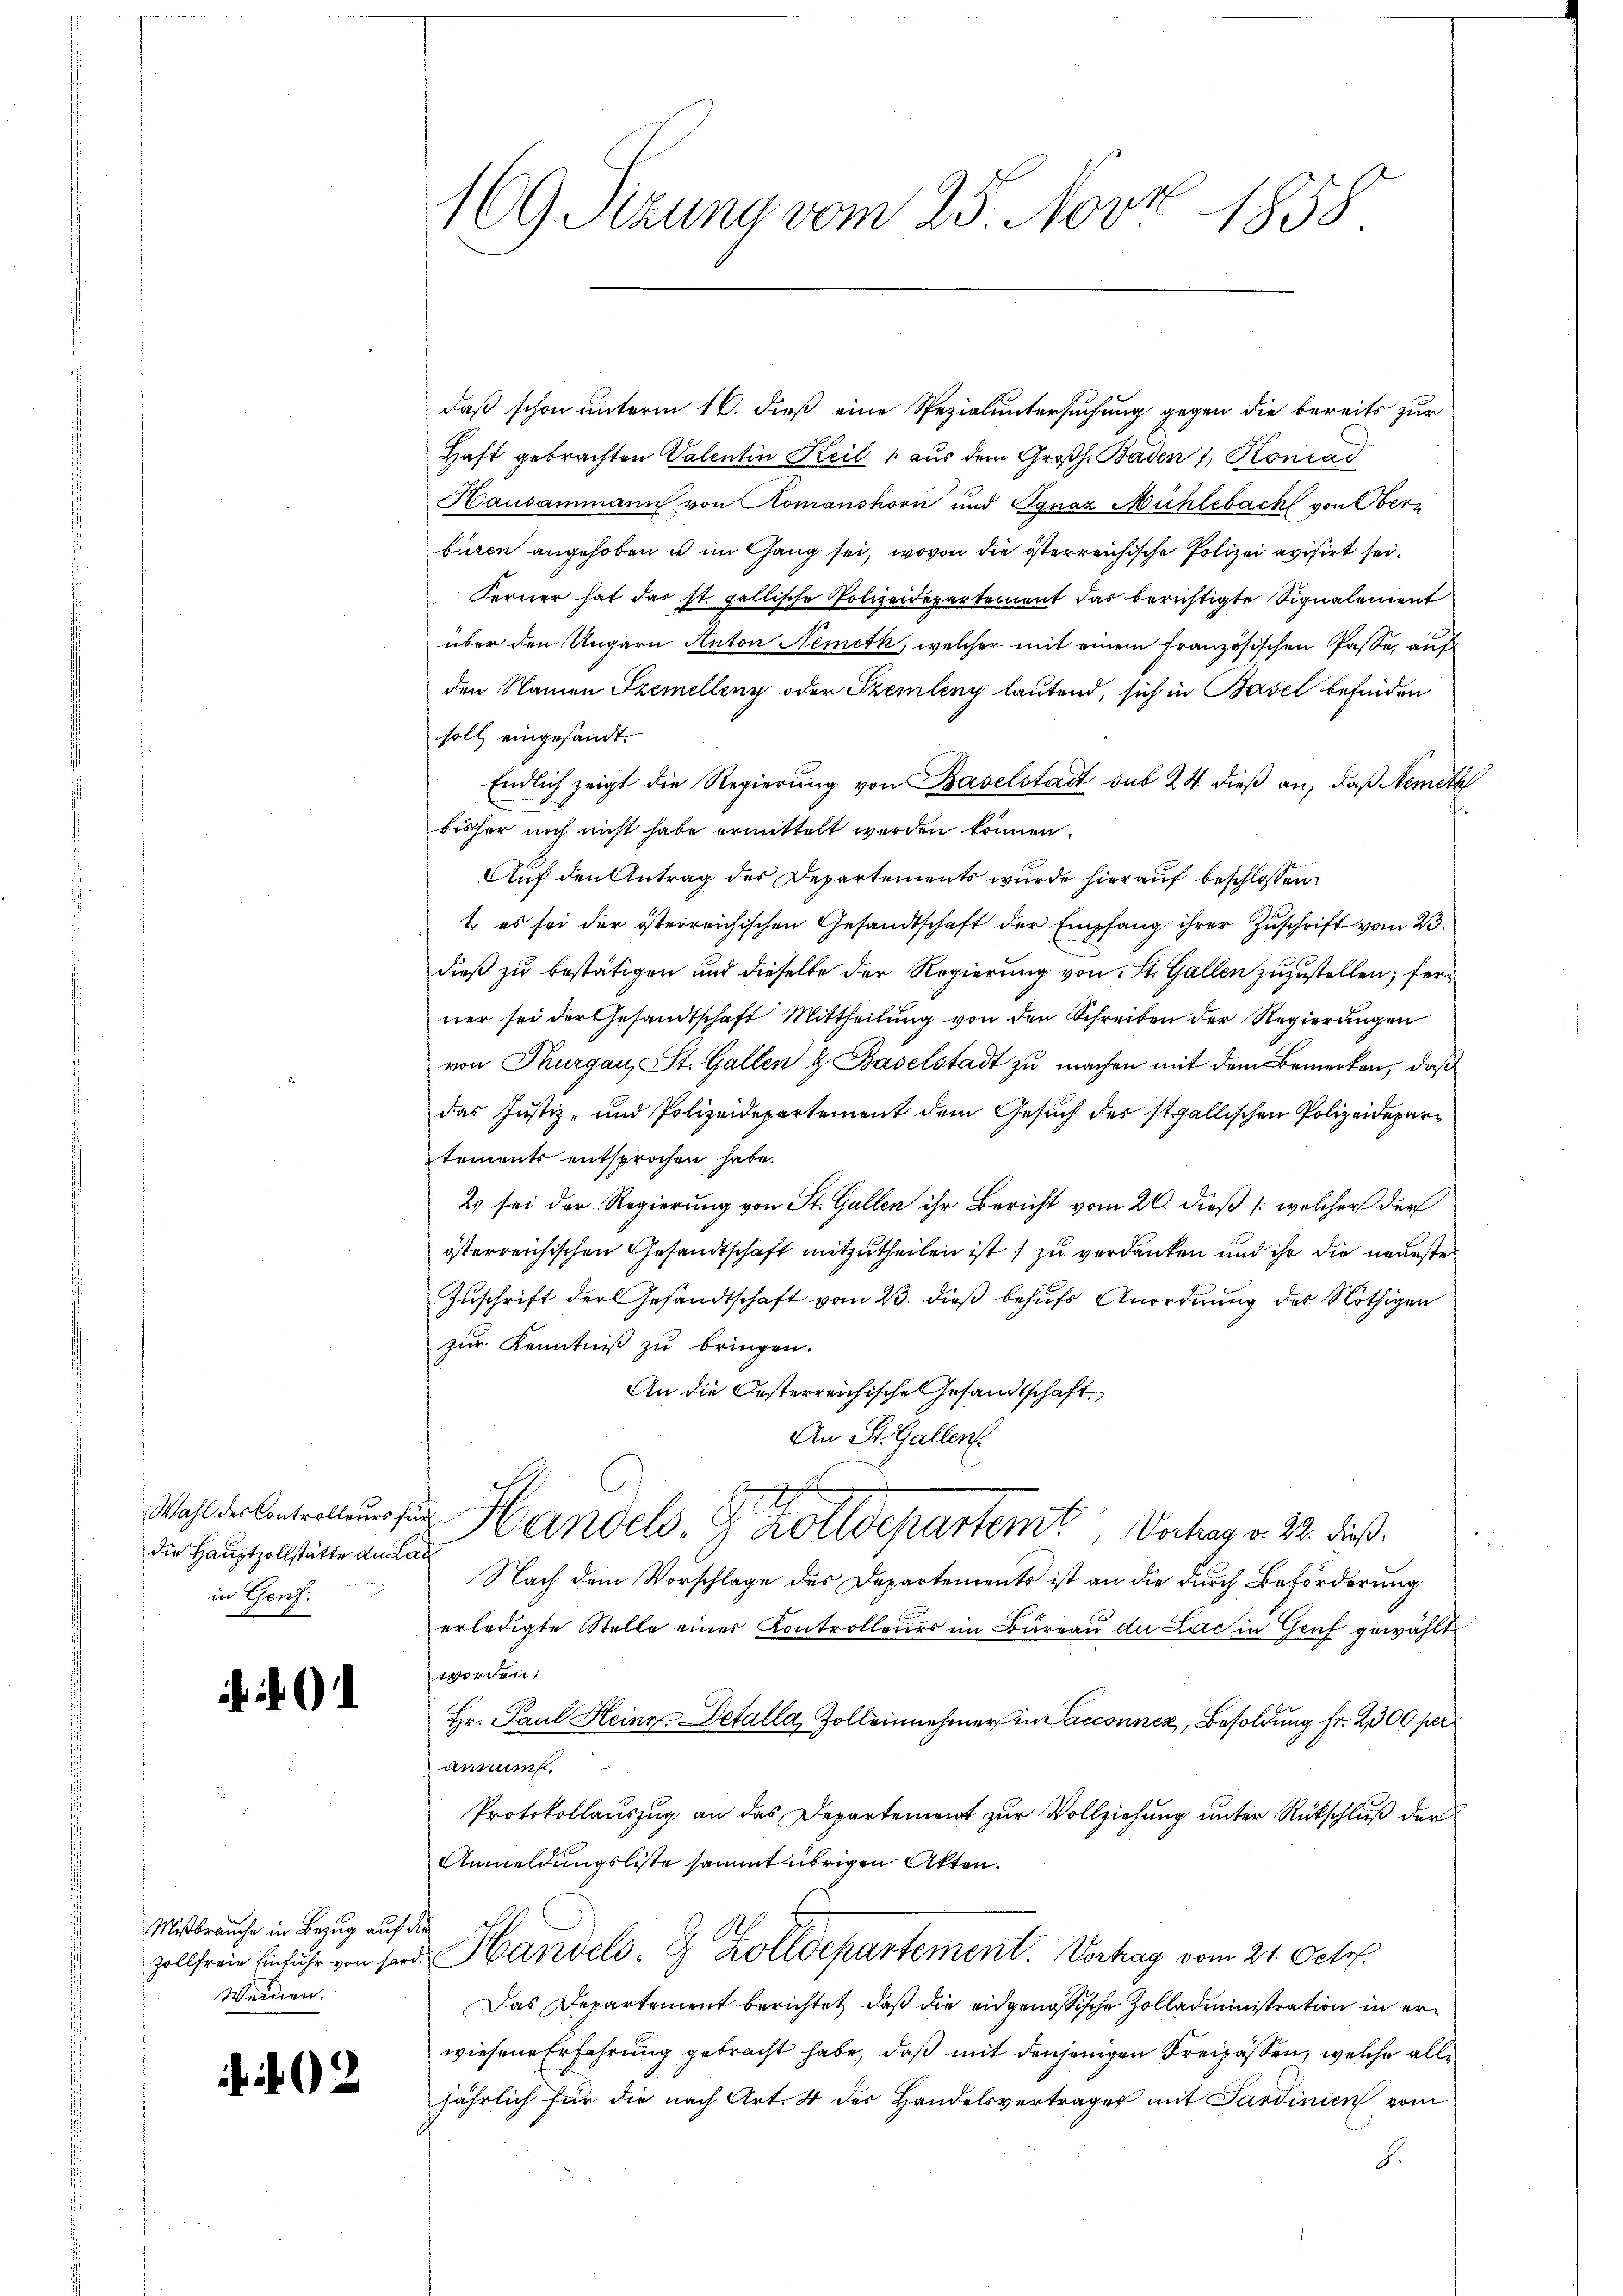
die Hauptzollstätte an Lau
in Genf.

Mißbrauche in Bezug auf die
Weiden.

¬

.

2

M
169. Sitzung vom 25. Nov. 1858

daß schon unterm 16. dieß eine Spezialuntersuchung gegen die bereits zur
Haft gebrachten Valentin Keil , aus dem Großh. Baden 1, Konrad
Hausammann von Romanshorn und Jgnaz Mühlebach von Ober
buren angehoben u im Gang sei, wovon die österreichische Polizei avisirt sei.
Ferner hat das st. gallische Polizeidepartement das berichtigte Signalement
über den Ungarn Anton Nemeth, welcher mit einem französischen Pässe, auf
den Namen Szemellenz oder Szemleny lautend, sich in Basel befinden
soll eingesandt.
Endlich zeigt die Regierung von Baselstadt sub 24 dieß an, daß Nemeth
bisher noch nicht habe ermittelt werden können.
Auf den Antrag des Departements wurde hierauf beschlossen:
t es sei der österreichischen Gesandtschaft der Empfang ihrer Zuschrift vom 23.
dieß zu bestätigen und dieselbe der Regierung von St. Gallen zuzustellen; ferner sei der Gesandtschaft Mittheilung von den Schreiben der Regierungen
von Thurgau, St. Gallen & Baselstadt zu machen mit dem Bemerken, daß
das Justiz- und Polizeidepartement dem Gesuch des stgallischen Polizeidepartements entsprochen habe.
2 sei der Regierung von St. Gallen ihr Bericht vom 20. dieß /: welcher der
österreichischen Gesandtschaft mitzutheilen ist zu verdanken und ihr die neueste
Zuschrift der Gesandtschaft vom 23. dieß behufs Anordnung des Nöthigen
zŭr Kenntniβ zŭ bringen.
An die Oesterreichische Gesandtschaft
An St. Gallen.
d
Wahl der Controlleurs für Handels-G Zolldepartemt Vortrag v. 22. dieß.
Nach dem Vorschlage des Departements ist an die durch Beförderung
erledigte Stelle einer Kontrolleurs im Büreau du Lac in Graf gewählt
worden;
Hr. Paul Heinr. Detalla, Zolleinnehmer in Sacconnen, Besoldung Fr. 2500 per
annus.
Protokollauszug an das Departement zur Vollziehung unter Rückschluß der
Anmeldungsliste sammt übrigen Akten.
zollfreie Einfuhr von sind Handels- & Zolldepartement. Verhag vom 21. Octob.
Das Departement berichtet, daß die eidgenössische Zolladministration in erwiesene Erfahrung gebracht habe, daß mit denjenigen Freipassen, welche alle
jährlich für die nach Art. 4 der Handelsvertrages mit Sardinien vom
8.